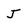
Character: J